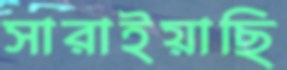
সারাইয়াছি